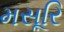
મસૂરિ